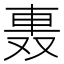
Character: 𨋌